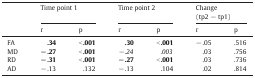
<table><thead><tr><td></td><td colspan="2"><b>Time point 1</b></td><td colspan="2"><b>Time point 2</b></td><td colspan="2"><b>Change (tp2 − tp1)</b></td></tr><tr><td></td><td><b>r</b></td><td><b>p</b></td><td><b>r</b></td><td><b>p</b></td><td><b>r</b></td><td><b>p</b></td></tr></thead><tbody><tr><td>FA</td><td><b>.34</b></td><td><b>&lt; .001</b></td><td><b>.30</b></td><td><b>&lt; .001</b></td><td>− .05</td><td>.516</td></tr><tr><td>MD</td><td><b>− .27</b></td><td><b>&lt; .001</b></td><td><i>− .24</i></td><td><i>.003</i></td><td>.03</td><td>.756</td></tr><tr><td>RD</td><td><b>− .31</b></td><td><b>&lt; .001</b></td><td><b>− .27</b></td><td><b>&lt; .001</b></td><td>.03</td><td>.736</td></tr><tr><td>AD</td><td>− .13</td><td>.132</td><td>− .13</td><td>.104</td><td>.02</td><td>.814</td></tr></tbody></table>